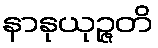
နာနုယုဉ္ဇတိ